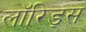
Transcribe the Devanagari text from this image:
लॉरिड्स